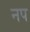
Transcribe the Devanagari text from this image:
नप